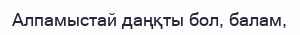
Алпамыстай даңқты бол, балам,